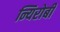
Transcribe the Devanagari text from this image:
न्यिरोबी